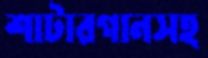
শাটারগানসহ